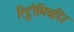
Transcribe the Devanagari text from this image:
रिट्ठीमिचरिउ